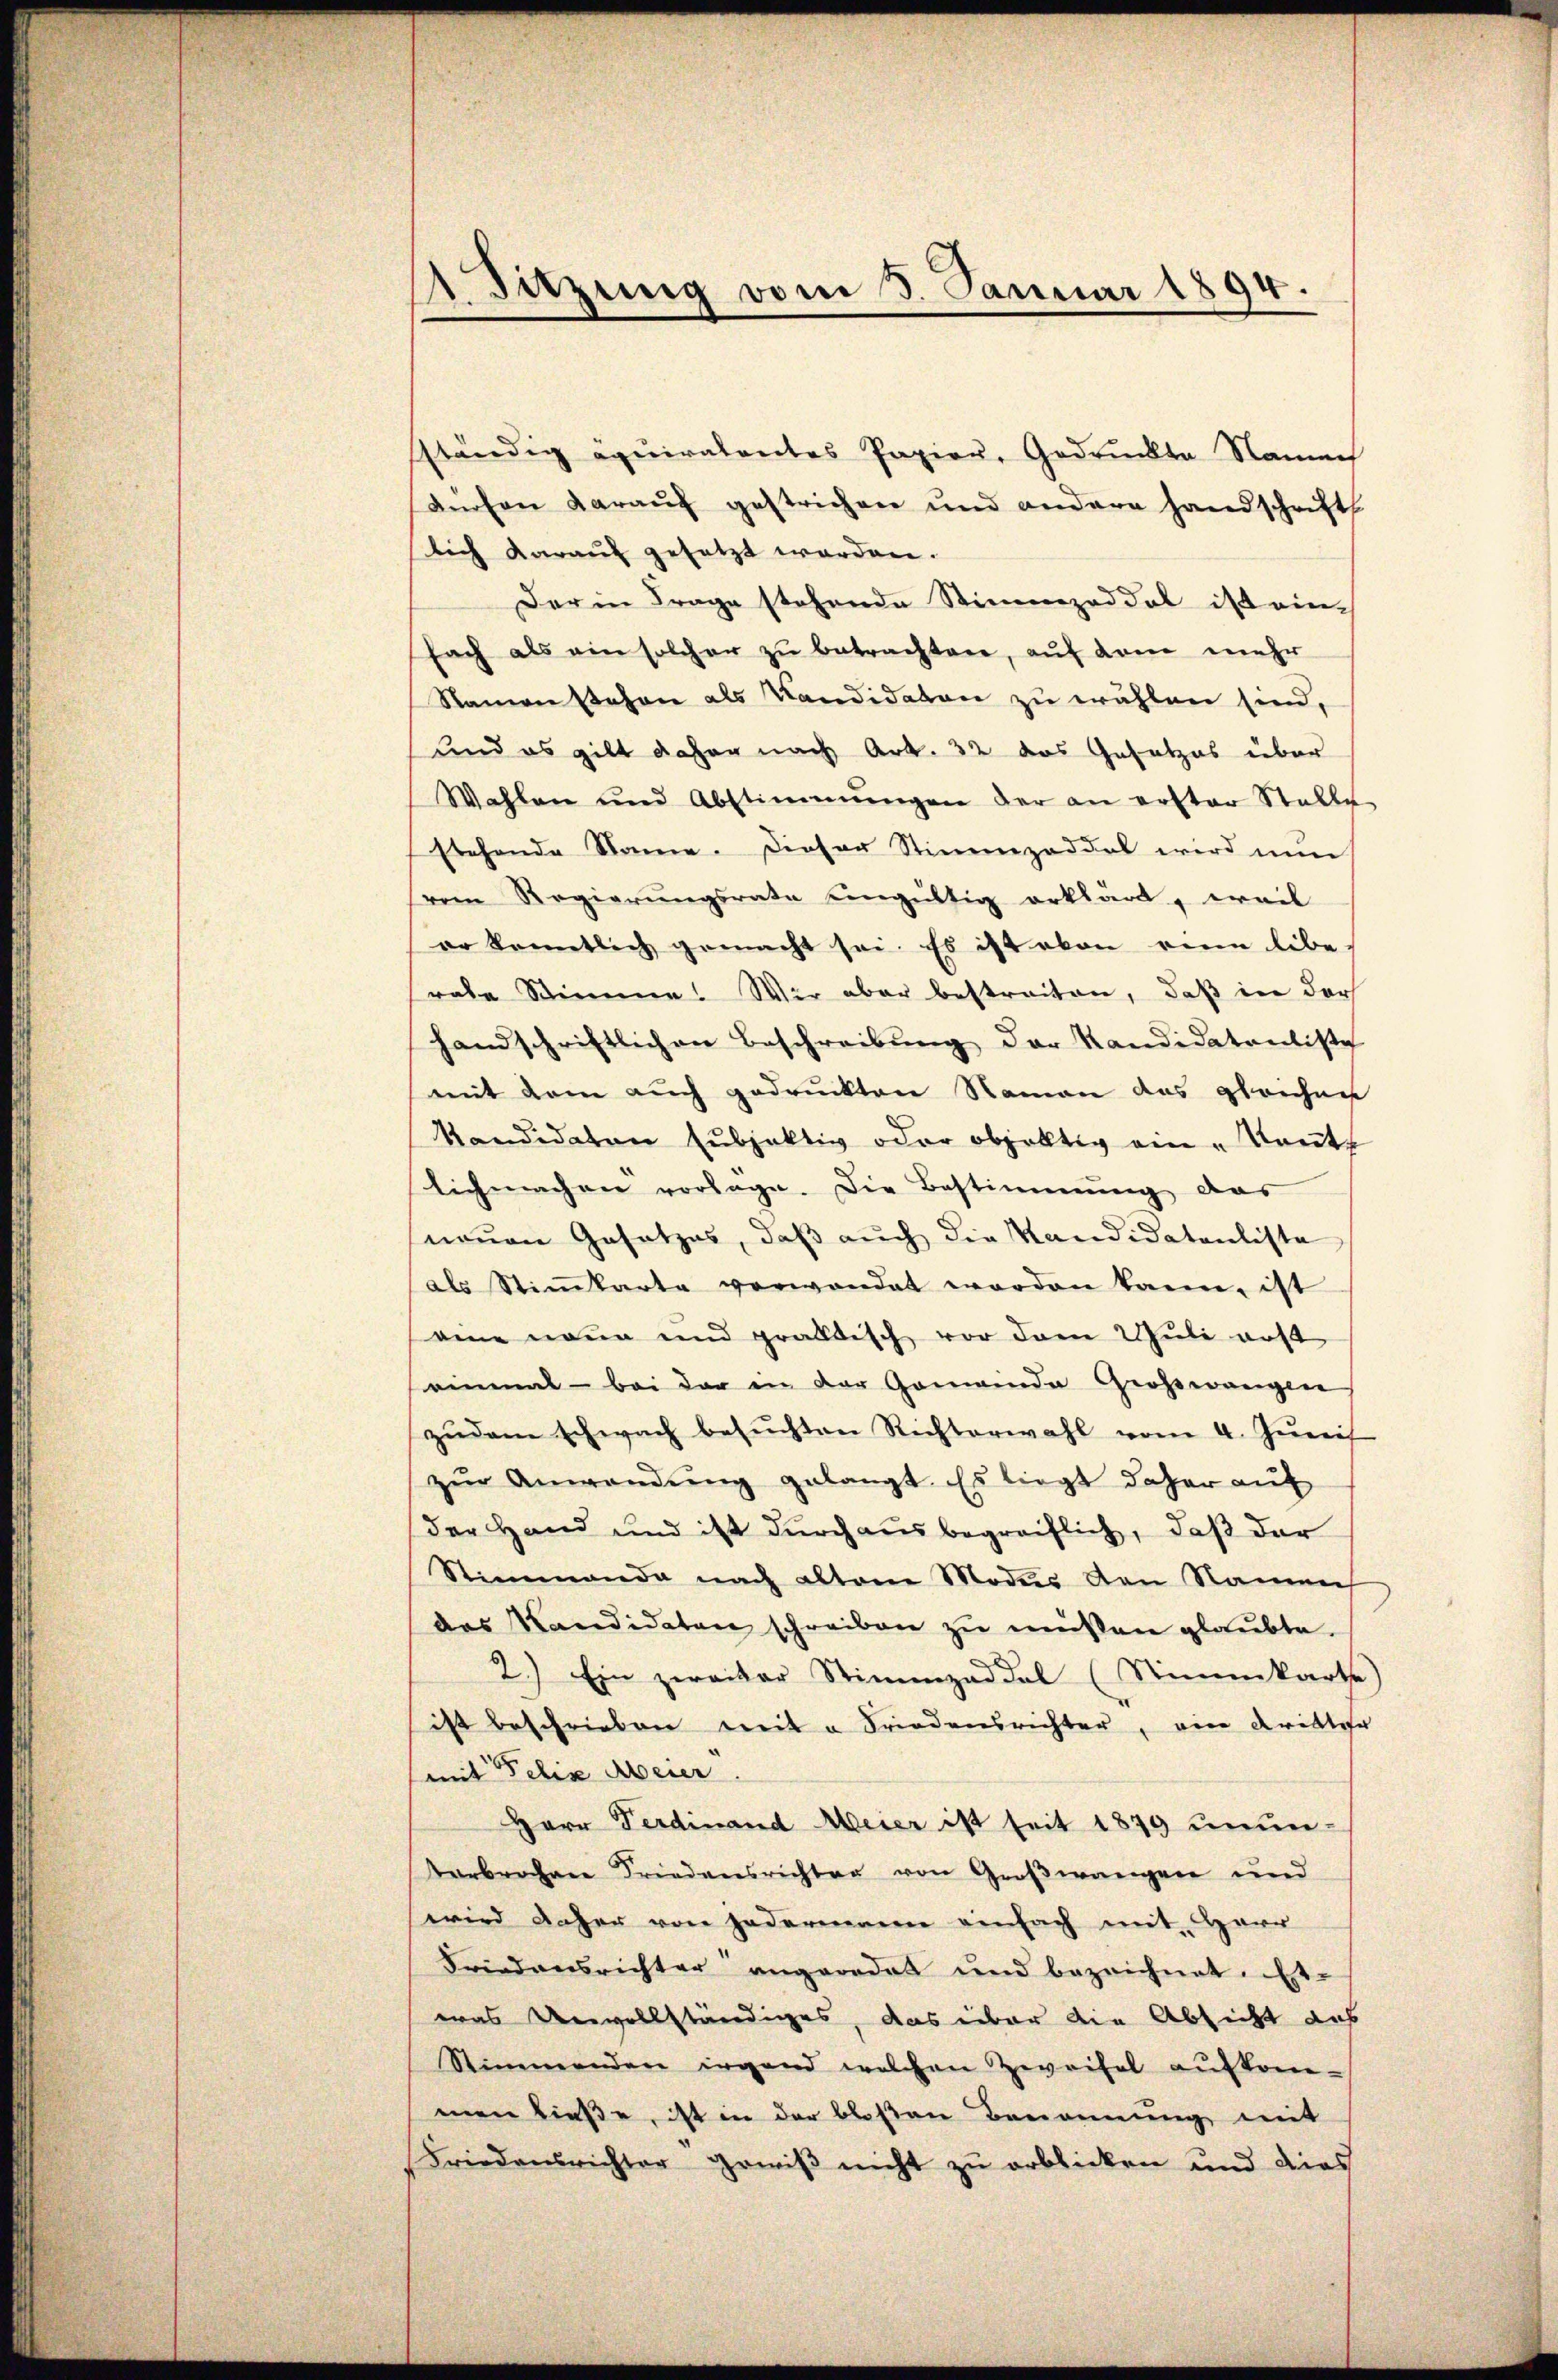
Sitzung vom 3. Januar 1894.

sständig equiratentes Papier, Gedruckte Namech
dürfen darauf gestrichen und andere Handschrift
lich darauf gesetzt worden.
Der in Frage stehende Stimmzeddel ist ein-
fach als ein solcher zu betrachten, auf dem mehr
Namen stehen als Kandidaten zu wählen sind,
und es gilt daher nach Art. 32 das Gesetzes über
Wahlen und Abstimmungen der an erster Stalle
stehende Name. Dieser Stimmzeddel wird nun
vom Regierungsrate eingültig erklärt, erwil
er konntlich gemacht sei. Es ist eben eine libe
rale Stimme! Wir aber bestreiten, daß in der
handschriftlichen Beschreibŭng der Kandidatantiste
mit dem auch gedruckten Namen das gleichen
Kandidaten subjektiv oder objektiv ein "Raŭtz
lichmachen vorlage. Die Bestimmung das
neuen Gesetzes, daβ aŭch die Kandidatenliste
als Stiṁkarte verwendet worden kann, ist
eine neue und praktisch vor dem Juli erst
seinmal - bei der in der Gemeinde Großerangen
zudem schwach besuchten Richterwahl vom 4. Junis
zŭr Anwendŭng gelangt. Es liegt daher auf
(der Hand und ist durchaus begreiflich, daß der
Stimmende nach altem Modens den Namen
des Kandidaten schreiben zŭ müssen glaubte.
2.) Ein zweiter Stimmzeddel (Stimmkarte)
ist beschrieben mit a Friedensrichter, ein Kritter
mit Felix Meier
Herr Ferdinand Meier ist seit 1879 unun-
terbrochen Friedensrichter von Großwangen und
wird daher von jedermann einfach mit Herr
Friedensrichter angeordet und bezeichnet. Es
was Unvollständiges, das über die Absicht das
Stimmenden irgend welchen Zweifel aufkom-
men ließe, ist in der bloßen Benennung mit
Friedensrichter gewiß nicht zu erblicken und dies